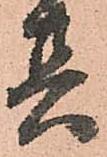
其